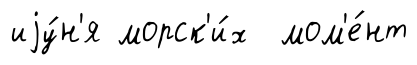
иjу́н'я морск'и́х мом'е́нт